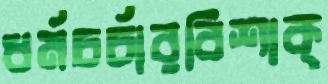
ধর্মচর্চারবিশাক্